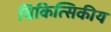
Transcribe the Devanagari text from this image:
चिकित्सिकीय